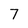
Character: 7